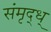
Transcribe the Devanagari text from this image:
संमृद्ध्